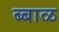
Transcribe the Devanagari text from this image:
ब्बाळ